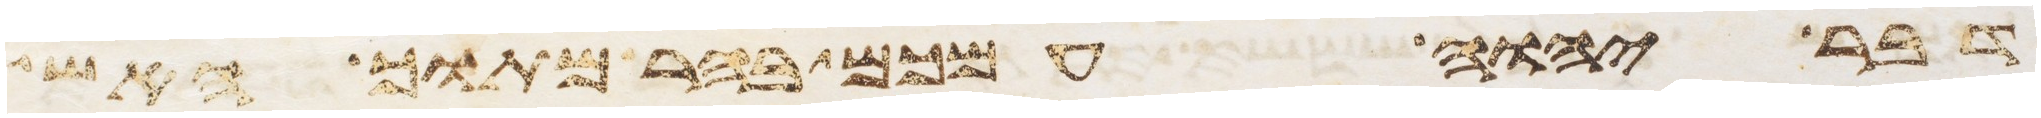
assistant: דבר יהוה עמכם בהר מתוך האש